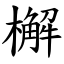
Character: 檞